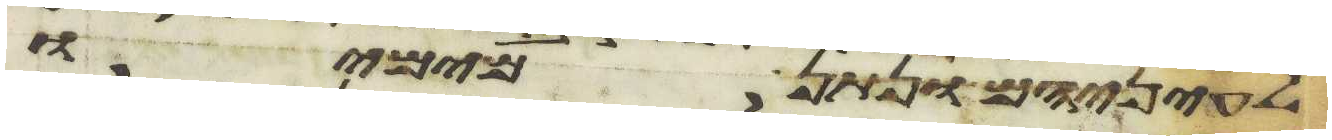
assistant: לעיניהם ונתן מימיו